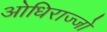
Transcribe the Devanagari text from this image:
ओधिराज्जो